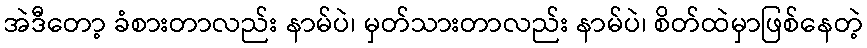
အဲဒီတော့ ခံစားတာလည်း နာမ်ပဲ၊ မှတ်သားတာလည်း နာမ်ပဲ၊ စိတ်ထဲမှာဖြစ်နေတဲ့